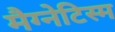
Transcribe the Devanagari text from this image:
मैग्नेटिस्म